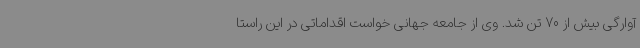
آوارگی بیش از 70 تن شد. وی از جامعه جهانی خواست اقداماتی در این راستا